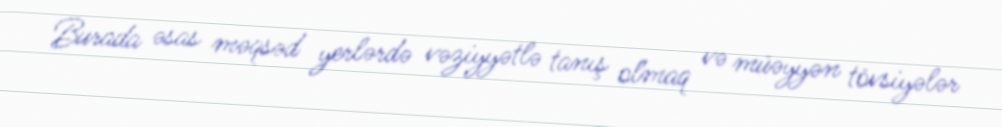
Burada əsas məqsəd yerlərdə vəziyyətlə tanış olmaq və müəyyən tövsiyələr